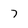
Character: 7